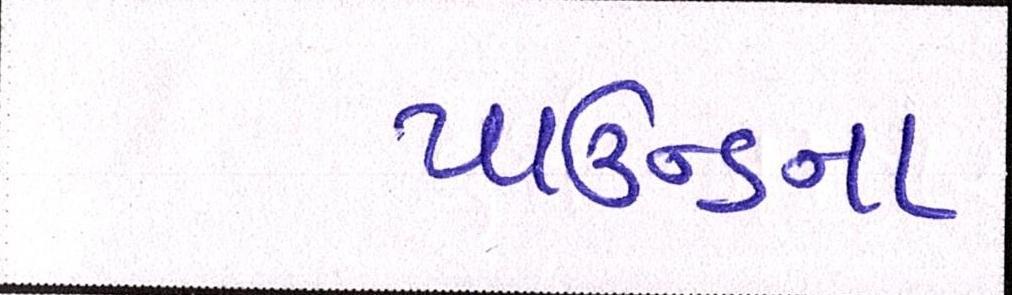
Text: પાઉન્ડના